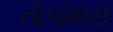
તોપમારા